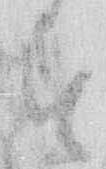
す